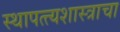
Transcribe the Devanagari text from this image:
स्थापत्त्यशास्त्राचा